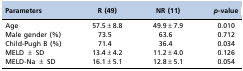
| Parameters | R (49) | NR (11) | p-value |
 | --- | --- | --- | --- |
 | Age | 57.5±8.8 | 49.9±7.9 | 0.010 |
 | Male gender (%) | 73.5 | 63.6 | 0.712 |
 | Child-Pugh B (%) | 71.4 | 36.4 | 0.034 |
 | MELD ± SD | 13.4±4.2 | 11.2±4.0 | 0.126 |
 | MELD-Na ± SD | 16.1±5.1 | 12.8±5.1 | 0.054 |